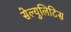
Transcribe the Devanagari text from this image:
सेल्युलिटिस